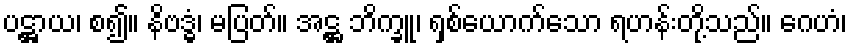
ပဋ္ဌာယ၊ စ၍။ နိဗဒ္ဓံ၊ မပြတ်။ အဋ္ဌ ဘိက္ခူ၊ ရှစ်ယောက်သော ရဟန်းတို့သည်။ ဂေဟံ၊